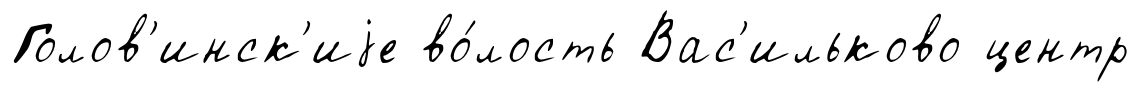
Голов'инск'иjе во́лость Вас'ильково центр